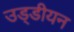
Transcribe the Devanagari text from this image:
उड्डीयन